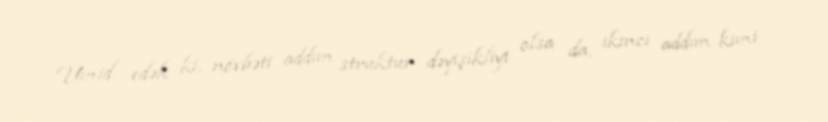
Ümid edək ki, növbəti addım struktur dəyişikliyi olsa da, ikinci addım kimi